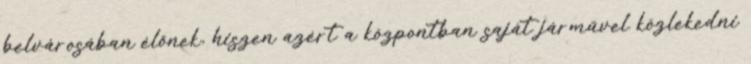
belvárosában élőnek, hiszen azért a központban saját járművel közlekedni